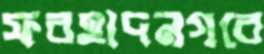
ফরহাদনগরে